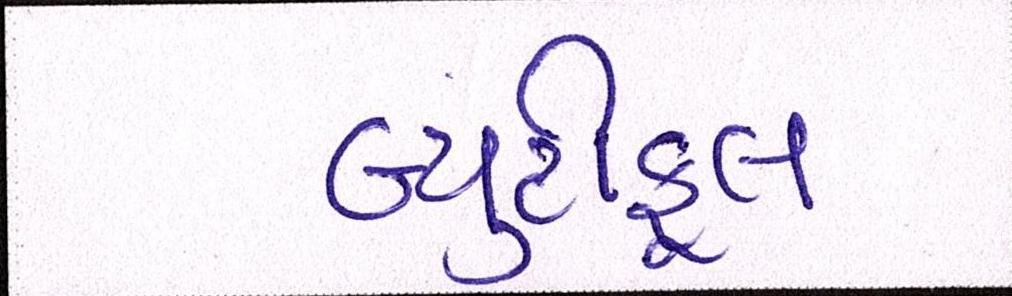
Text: બ્યુટીફૂલ